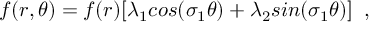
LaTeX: f ( r , \theta ) = f ( r ) [ \lambda _ { 1 } c o s ( \sigma _ { 1 } \theta ) + \lambda _ { 2 } s i n ( \sigma _ { 1 } \theta ) ] \; \; ,